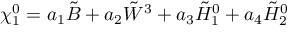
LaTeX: \chi _ { 1 } ^ { 0 } = a _ { 1 } \tilde { B } + a _ { 2 } \tilde { W } ^ { 3 } + a _ { 3 } \tilde { H } _ { 1 } ^ { 0 } + a _ { 4 } \tilde { H } _ { 2 } ^ { 0 }